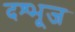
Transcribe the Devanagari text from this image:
दश्भूज